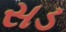
સડ